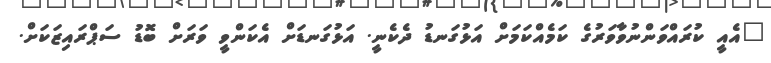
"އެއީ ކުރައްވަންނުވާވަރުގެ ކަމެއްކަމަށް އަޅުގަނޑު ދެކެނީ. އަޅުގަނޑަށް އެކަންވީ ވަރަށް ބޮޑު ސަޕްރައިޒަކަށް.